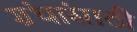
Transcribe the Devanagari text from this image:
ग्रंथांसाठी